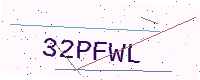
Text: 32PFWL